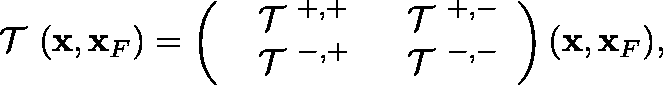
\begin{array} { r } { { { { \mathrm { \boldmath ~ { \cal ~ T } ~ } } } } ( { \bf x } , { \bf x } _ { F } ) = \left( \begin{array} { l l } { { { { \mathrm { \boldmath ~ { \cal ~ T } ~ } } } } ^ { + , + } } & { { { { \mathrm { \boldmath ~ { \cal ~ T } ~ } } } } ^ { + , - } } \\ { { { { \mathrm { \boldmath ~ { \cal ~ T } ~ } } } } ^ { - , + } } & { { { { \mathrm { \boldmath ~ { \cal ~ T } ~ } } } } ^ { - , - } } \end{array} \right) ( { \bf x } , { \bf x } _ { F } ) , } \end{array}